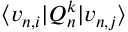
\langle v _ { n , i } \lvert Q _ { n } ^ { k } \lvert v _ { n , j } \rangle